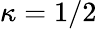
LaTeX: \kappa=1/2